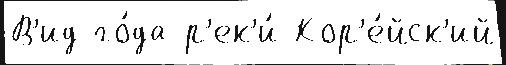
В'ид го́да р'ек'и́ Кор'е́йск'ий